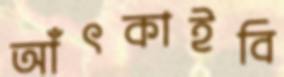
আঁৎকাইবি